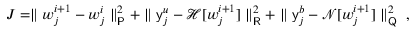
J = \parallel \boldsymbol { w } _ { j } ^ { i + 1 } - \boldsymbol { w } _ { j } ^ { i } \parallel _ { \mathsf { P } } ^ { 2 } + \parallel \mathsf { y } _ { j } ^ { u } - \mathcal { H } [ \boldsymbol { w } _ { j } ^ { i + 1 } ] \parallel _ { \mathsf { R } } ^ { 2 } + \parallel \mathsf { y } _ { j } ^ { b } - \mathcal { N } [ \boldsymbol { w } _ { j } ^ { i + 1 } ] \parallel _ { \mathsf { Q } } ^ { 2 } \mathrm { ~ , ~ }